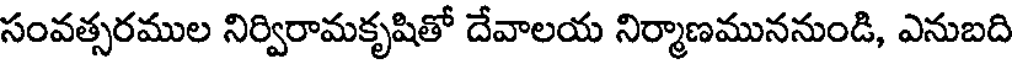
సంవత్సరముల నిర్విరామకృషితో దేవాలయ నిర్మాణముననుండి, ఎనుబది